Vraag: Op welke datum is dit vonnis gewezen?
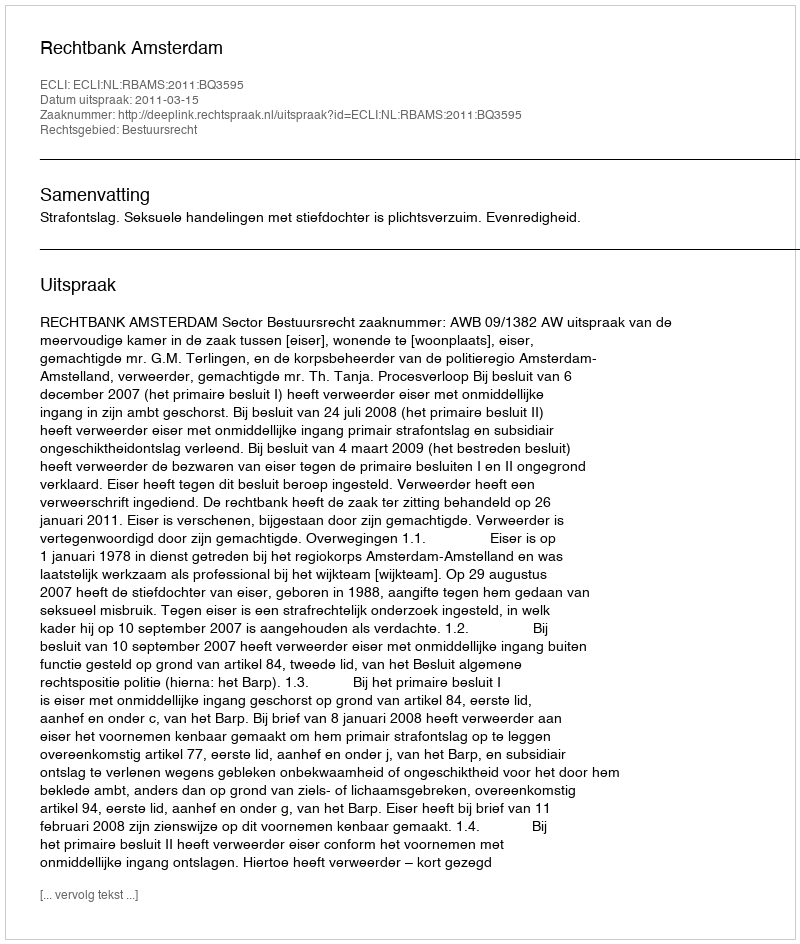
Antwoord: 2011-03-15